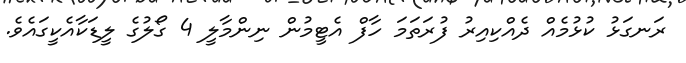
ރަނގަޅު ކުޅުމެއް ދެއްކިއިރު ފުރަތަމަ ހާފް އެޓީމުން ނިންމާލީ 4 ގޯލުގެ ލީޑަކާއެކީގައެވެ.